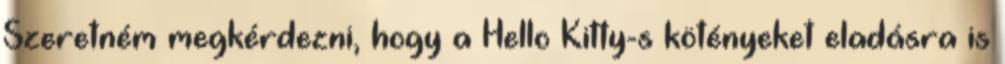
Szeretném megkérdezni, hogy a Hello Kitty-s kötényeket eladásra is